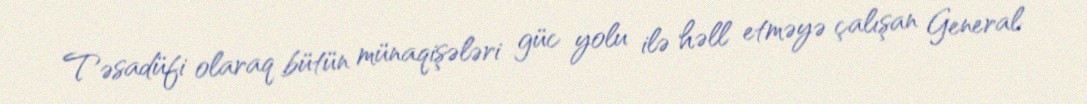
Təsadüfi olaraq bütün münaqişələri güc yolu ilə həll etməyə çalışan General